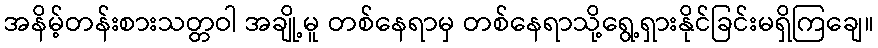
အနိမ့်တန်းစားသတ္တဝါ အချို့မူ တစ်နေရာမှ တစ်နေရာသို့ရွေ့ရှားနိုင်ခြင်းမရှိကြချေ။